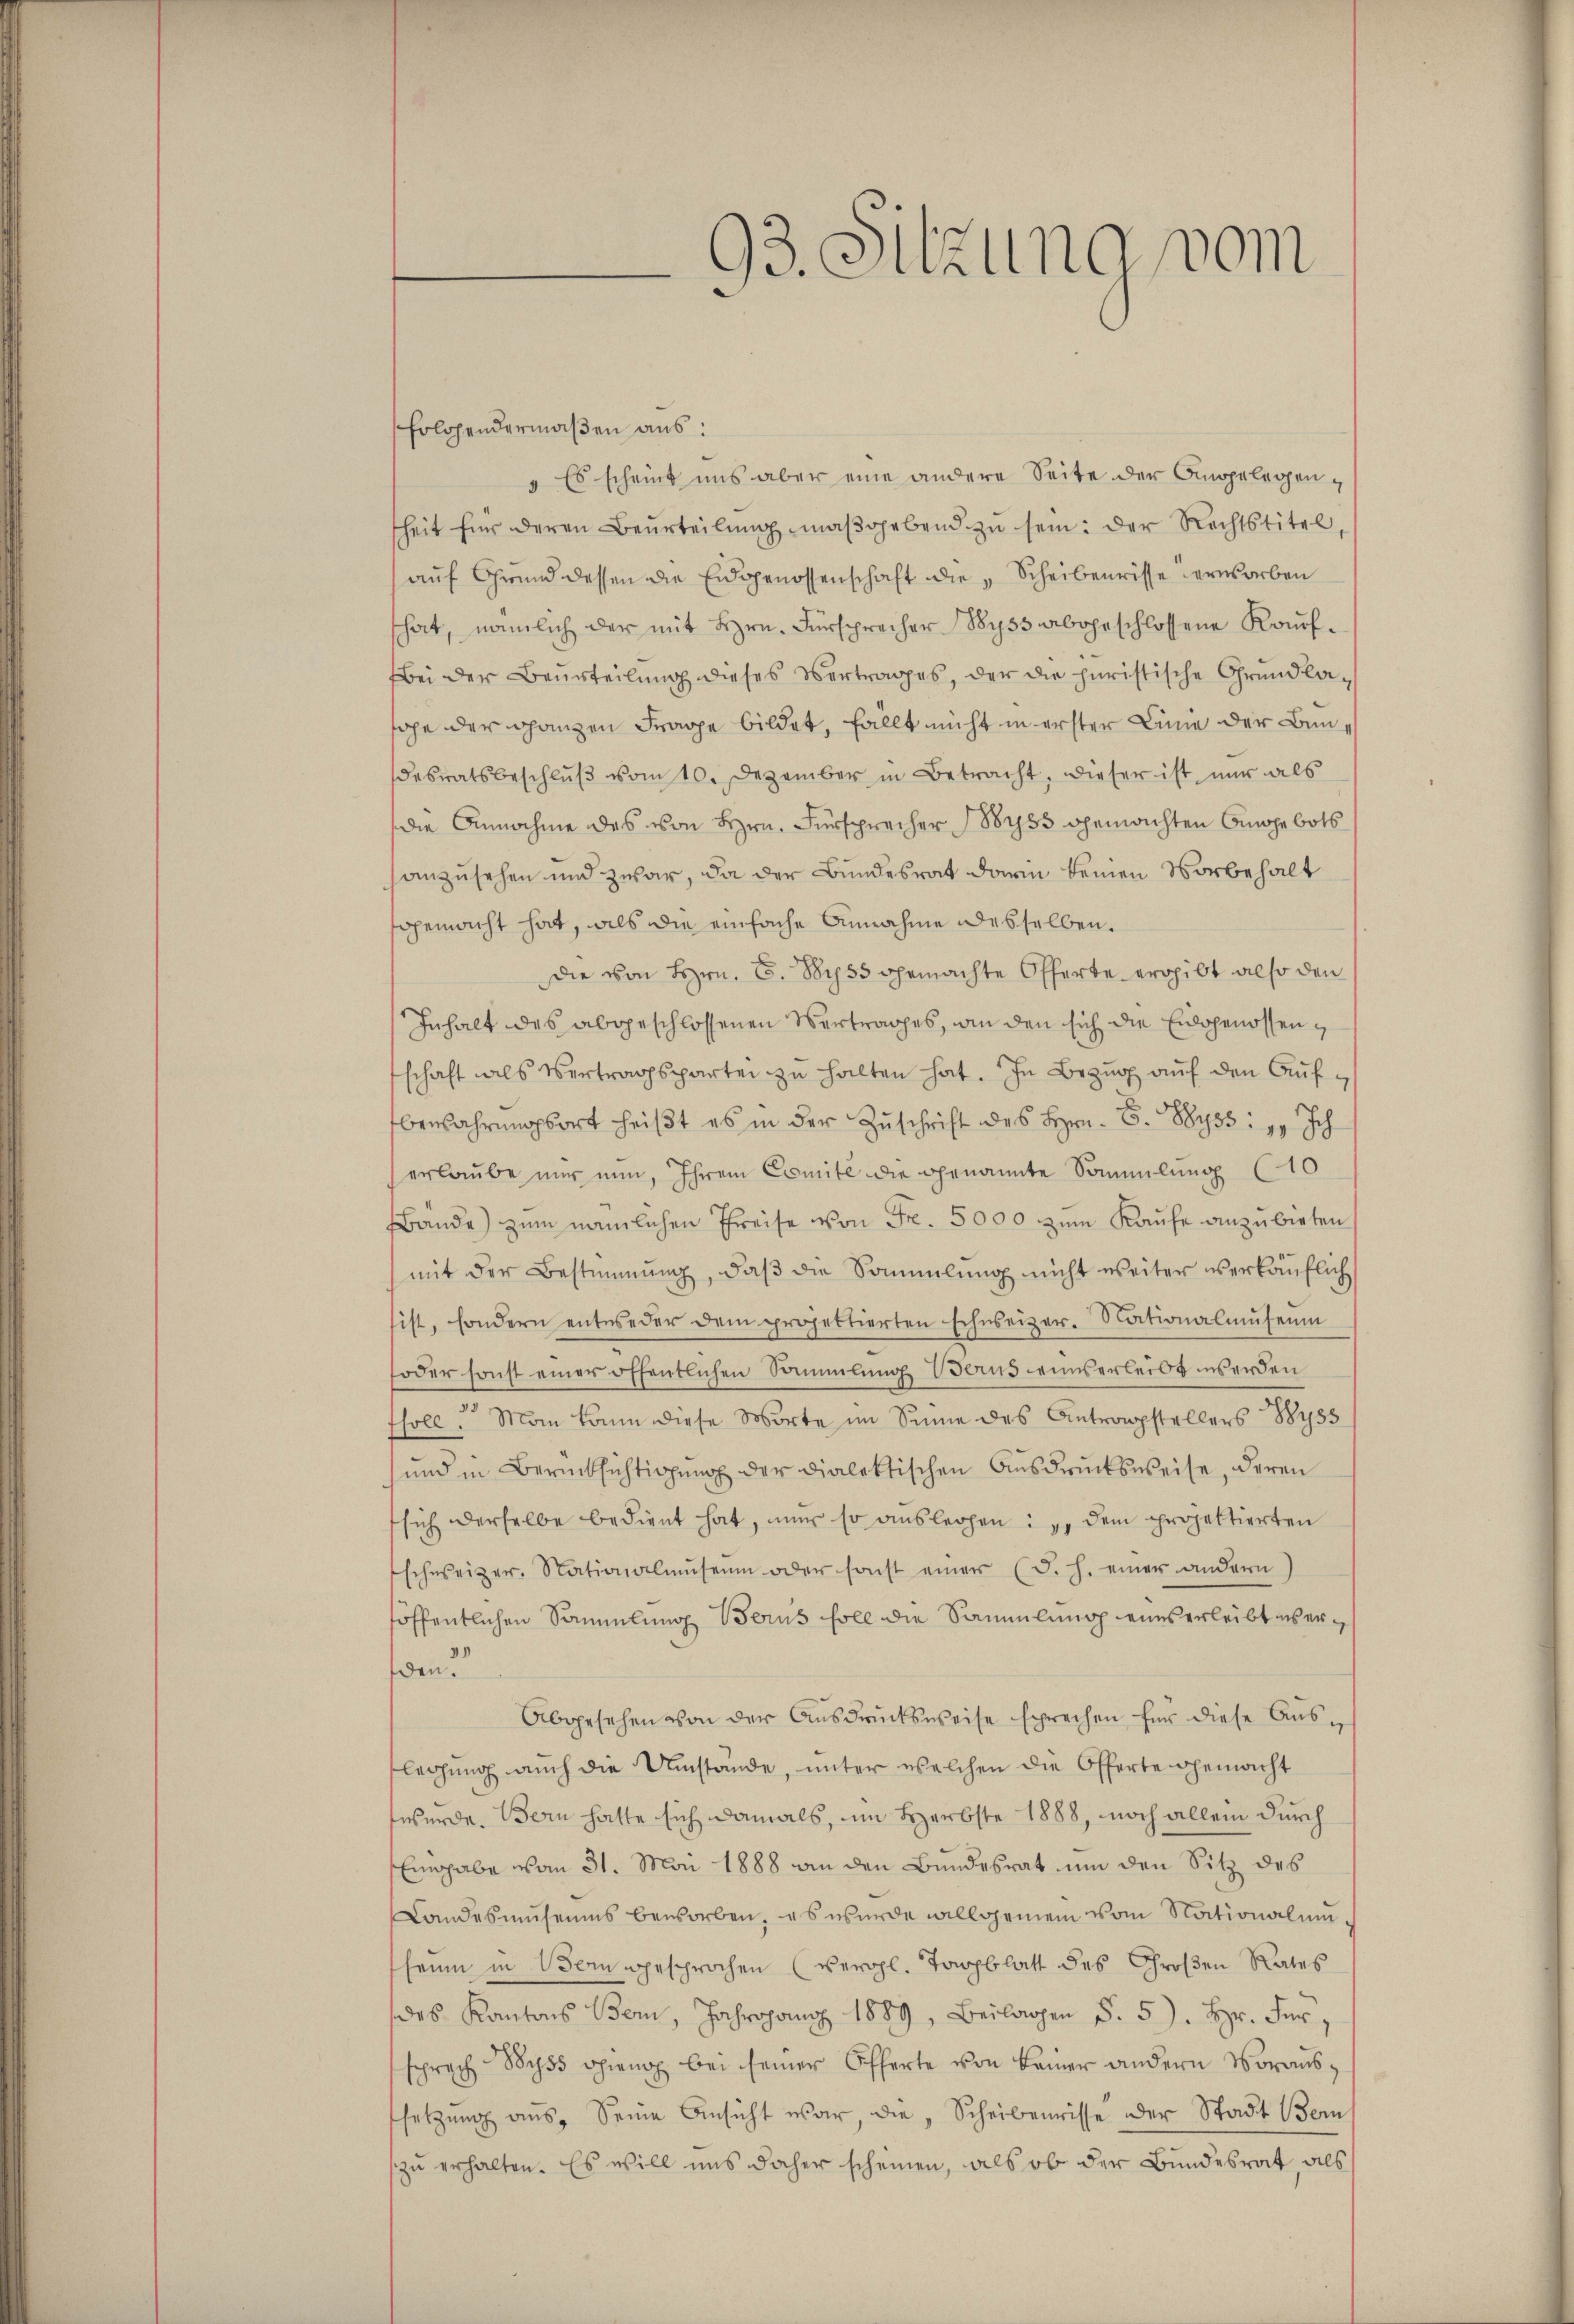
93. Sitzung vom

folgendermaßen aus:
" Es scheint uns aber eine andere Seite der Angelegensheit für deren Beurteilŭng maβohebend zŭ sein: der Rechtstitel,
aŭf Grund dessen die Eidgenossenschaft die „Scheibenrisse erworben
hat, nämlich der mit Hrn. Fürsprecher Wyss abgeschlossene Kaŭf-
Bei der Beurteilung dieses Vertrages, der die juristische Grundlasähe der ganzen Frage bildet, fällt nicht in erster Linie der Bundesratsbeschlŭβ vom 10. Dezember in Betracht, dieser ist nur als
die Annahme des von Hrn. Fürsprecher Wyss gemachten Angebots
anzusehen und zwar, da der Bundesrat darin keinen Vorbehalt
gemacht hat, als die einfache Annahme desselben.
die von Hrn. C. Wyss gemachte Offerte ergibt also den
Inhalt des abgeschlossenen Vertrages, an den sich die Eidgenossenschaft als Vertragspartei zu halten hat. In Bezug auf den Aufbewahrŭngsort heiβt es in der Zŭschrift des Hrn. F. Wyss: 1. Ich
erlaŭbe nur nun, Ihrem Comité die genannte Sammlung (10
Bände) zum nämlichen Preise von Fr. 5000 zum Kaufe anzubieten
mit der Bestimmung, daβ die Sammlung nicht weiter verkäuflich
sist, sondern entweder dem projettierten schweizer. Nationalmuseum
foder sonst einer öffentlichen Sammlung Berns einverleibt werden
soll. Man kann diese Worte im Sinne des Antragstellers Sys
und in Berücksichtigŭng der Dialektischen Aŭsdrŭcksweise, deren
sich derselbe bedient hat, nur so auslegen: 1. dem projektierten
schweizer. Stationalmuseum oder sonst einer (d. h. einer andern
söffentlichen Sammlung Berus soll die Sammlung eins erleibt es erten?
Abgesehen von der Ausdrucksweise sprechen für diese Aus-
legung auch die Umstände, unter welchen die Offerte gemacht
werde. Bern hatte sich damals, im Herbste 1888, noch allein durch
Eingabe vom 31. Mai 1888 an den Bundesrat um den Sitz des
Landesmuseums beworben, es wurde willgemein vom Nationalem,
heine in Bern gesprochen (vergl. Tagblatt des Groβen Rates
des Kantons Bern, Jahrgang 1889, Beilagen §. 5). Hr. Für
sprach 855 opieno bei seiner Offerte von Beiner andern Voraus-
setzŭng aŭs, Seine Ansicht war, die „Scheibenwisse der Stadt Bern,
zu erhalten. Es will uns daher scheinen, als ob der Bundesrat, als